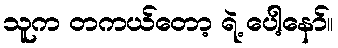
သူက တကယ်တော့ ရဲ့ ပေါ့နော်။